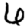
Digit: 6